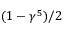
( 1 - \gamma ^ { 5 } ) / 2